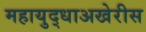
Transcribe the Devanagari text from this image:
महायुद्धाअखेरीस